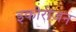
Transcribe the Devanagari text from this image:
इकोरीजन